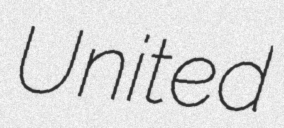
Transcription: United